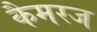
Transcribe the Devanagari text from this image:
कैमरज